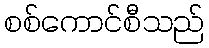
စစ်ကောင်စီသည်